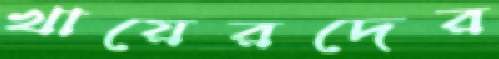
খায়েরদের